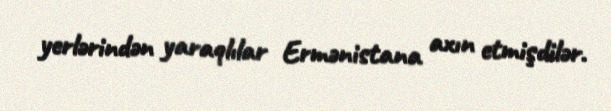
yerlərindən yaraqlılar Ermənistana axın etmişdilər.